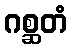
ဂစ္ဆတံ